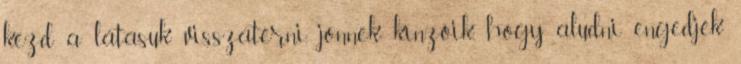
kezd a látásuk visszatérni, jönnek kínzóik, hogy aludni engedjék